Lunatic asylums in Bengal annual reports 1899-1911 - 1899-1911
Year: 1899
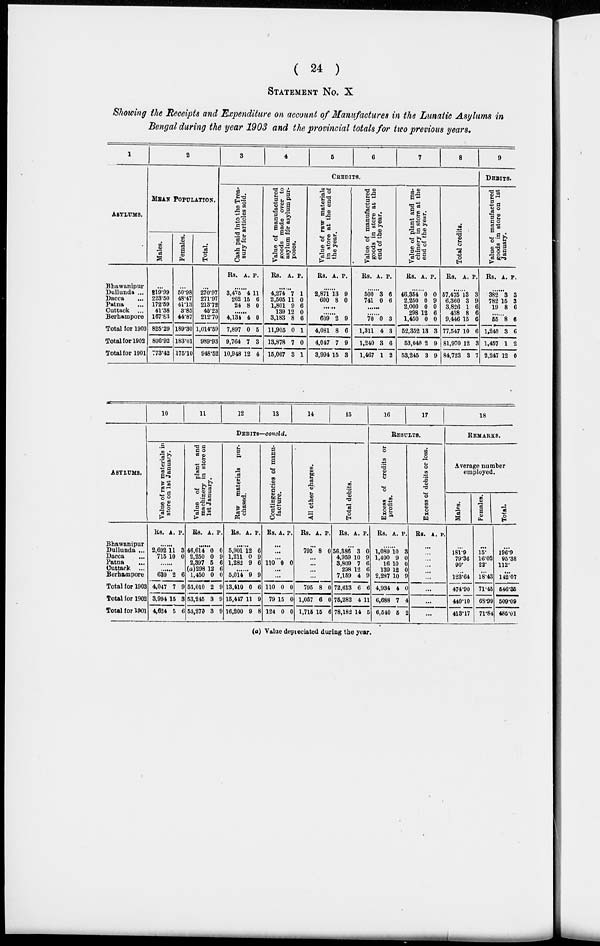
( 24 )
STATEMENT NO. X
Showing the Receipts and Expenditure on account of Manufactures in the Lunatic Asylums in
Bengal during the year 1903 and the provincial totals for two previous years.
1
ASLYUMS.
Bhawanipur
Dullunda ...
Dacca ...
Patna ...
Cuttack
...
Berhampore
Total for 1903
Total for 1902
Total for 1901
2
MEAN POPULATION.
Males.
...
219.99
228.50
172.59
41.38
167.83
825.29
806.92
773.42
Females.
...
50.98
48.47
41.13
3.85
44.87
189.30
183.01
175.10
Total.
...
270.97
271.97
213.72
45.23
212.70
1,014.59
989.93
948.52
3
4
5
6
7
8
CREDITS.
Cash paid into the Trea-
sury for articles sold.
Rs. A. P.
......
3,475
262
24
4
15
8
11
6
0
......
4,134
7,897
9,764
10,948
4
0
7
12
0
5
3
4
Value of manufactured
goods made over to
asylum for asylum pur-
poses.
Rs. A. P.
......
4,274
2,505
1,801
139
3,183
11,905
13,878
15,067
7
11
9
12
8
0
7
3
1
0
6
0
6
1
0
1
Value of raw materials
in store at the end of
the year.
Rs. A. P.
......
2,871
600
13
8
9
0
......
......
609
4,081
4,047
3,994
2
8
7
15
9
6
9
3
Value of manufactured
goods in store at the
end of the year.
Rs. A. P.
......
500
741
3
0
6
6
......
......
70
1,311
1,240
1,467
0
4
3
1
3
3
6
2
Value of plant and ma-
chinery in store at the
end of the year.
Rs. A. P.
......
46,354
2,250
2,000
298
1,450
52,352
53,040
53,245
0
0
0
12
0
13
2
3
0
9
0
6
0
3
9
9
Total credits.
Rs. A. P.
......
57,475
6,360
3,826
438
9,446
77,547
81,970
84,723
13
3
1
8
15
10
12
3
3
9
6
6
6
6
3
7
9
DEBITS.
Value of manufactured
g oods in store on 1st
January.
Rs. A. P.
......
382
782
19
3
15
8
3
3
6
......
55
1,240
1,457
2,247
8
3
1
12
6
6
2
0
ASYLUMS.
Bhawanipur
Dullunda ...
Dacca ...
Patna ...
Cuttack
...
Berhampore
Total for 1903
Total for 1902
Total for 1901
10
11
12
13
14
15
DEBITS—Concld.
Value of raw materials in
store on 1st January.
Rs. A. P.
......
2,692
715
11
10
3
0
......
......
639
4,047
3,994
4,624
2
7
15
5
6
9
3
6
Value of plant and
machinery in store on
1st January.
Rs. A. P.
......
46,614
2,250
2,397
(a)298
1,450
53,010
53,245
53,270
0
0
5
12
0
2
3
3
0
9
6
6
0
9
9
9
Raw materials pur-
chased.
Rs. A. P.
......
5,901
1,211
1,282
12
0
9
6
9
6
......
5,014
13,410
15,447
16,200
9
0
11
9
9
6
9
8
Contingencies of manu-
facture.
Rs. A. P.
...
...
...
110 0 0
...
...
110
79
124
0
15
0
0
0
0
All other charges.
Rs. A. P.
...
795 8 0
...
...
...
...
795
1,057
1,716
8
6
15
0
0
6
Total debits.
Rs. A. P.
...
56,386
4,959
3,809
298
7,159
72,613
76,282
78,182
3
10
7
12
4
6
4
14
0
9
6
6
9
6
11
5
16
17
RESULTS.
Excess of credits or
profits.
Rs. A. P.
......
1,089
1,400
16
139
2,237
4,934
6,688
6,540
10
9
10
12
10
4
7
5
3
0
0
0
9
0
4
2
Excess of debits or loss.
Rs. A. P.
...
...
...
...
...
...
...
...
...
18
REMARKS.
Average number
employed.
Males.
...
181.9
79.36
90.
...
123.64
474.90
440.10
413.17
Females.
...
15.
16.02
22.
...
18.43
71.45
68.99
71.84
Total.
...
196.9
95.38
112.
...
142.07
546.35
509.09
485.01
(a) Value depreciated during the year.